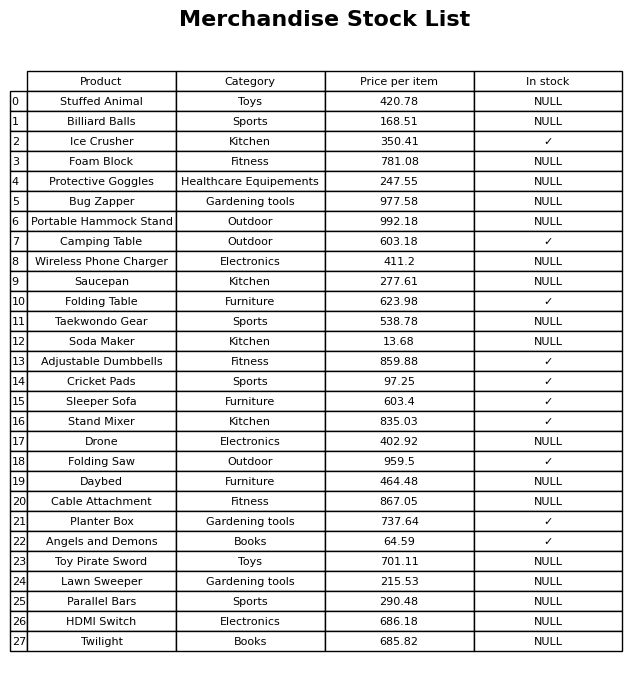
question: What is the stock status of the Parallel Bars?
answer: NULL